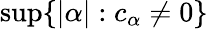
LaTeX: \operatorname*{sup}\{ |\alpha|:c_{\alpha}\neq 0\}